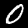
Digit: 0